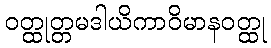
ဝတ္ထုတ္တမဒါယိကာဝိမာနဝတ္ထု